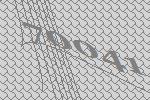
70041